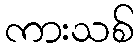
ကားသစ်